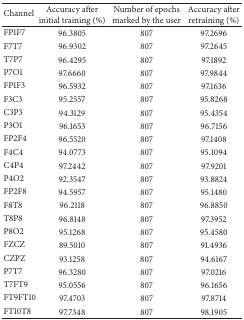
<table><thead><tr><td><b> Channel </b></td><td><b> Accuracy after initial training (%) </b></td><td><b> Number of epochs marked by the user </b></td><td><b> Accuracy after retraining (%) </b></td></tr></thead><tbody><tr><td> FP1F7 </td><td> 96.3805 </td><td> 807 </td><td> 97.2696 </td></tr><tr><td> F7T7 </td><td> 96.9302 </td><td> 807 </td><td> 97.2645 </td></tr><tr><td> T7P7 </td><td> 96.4295 </td><td> 807 </td><td> 97.1892 </td></tr><tr><td> P7O1 </td><td> 97.6660 </td><td> 807 </td><td> 97.9844 </td></tr><tr><td> FP1F3 </td><td> 96.5932 </td><td> 807 </td><td> 97.1636 </td></tr><tr><td> F3C3 </td><td> 95.2557 </td><td> 807 </td><td> 95.8268 </td></tr><tr><td> C3P3 </td><td> 94.3129 </td><td> 807 </td><td> 95.4354 </td></tr><tr><td> P3O1 </td><td> 96.1653 </td><td> 807 </td><td> 96.7156 </td></tr><tr><td> FP2F4 </td><td> 96.5520 </td><td> 807 </td><td> 97.1408 </td></tr><tr><td> F4C4 </td><td> 94.0773 </td><td> 807 </td><td> 95.1094 </td></tr><tr><td> C4P4 </td><td> 97.2442 </td><td> 807 </td><td> 97.9201 </td></tr><tr><td> P4O2 </td><td> 92.3547 </td><td> 807 </td><td> 93.8824 </td></tr><tr><td> FP2F8 </td><td> 94.5957 </td><td> 807 </td><td> 95.1480 </td></tr><tr><td> F8T8 </td><td> 96.2118 </td><td> 807 </td><td> 96.8850 </td></tr><tr><td> T8P8 </td><td> 96.8148 </td><td> 807 </td><td> 97.3952 </td></tr><tr><td> P8O2 </td><td> 95.1268 </td><td> 807 </td><td> 95.4580 </td></tr><tr><td> FZCZ </td><td> 89.5010 </td><td> 807 </td><td> 91.4936 </td></tr><tr><td> CZPZ </td><td> 93.1258 </td><td> 807 </td><td> 94.6167 </td></tr><tr><td> P7T7 </td><td> 96.3280 </td><td> 807 </td><td> 97.0216 </td></tr><tr><td> T7FT9 </td><td> 95.0556 </td><td> 807 </td><td> 96.1656 </td></tr><tr><td> FT9FT10 </td><td> 97.4703 </td><td> 807 </td><td> 97.8714 </td></tr><tr><td> FT10T8 </td><td> 97.7348 </td><td> 807 </td><td> 98.1905 </td></tr></tbody></table>